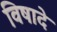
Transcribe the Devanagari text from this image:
विषादे